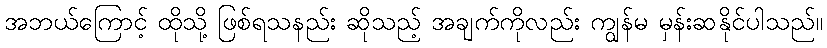
အဘယ်ကြောင့် ထိုသို့ ဖြစ်ရသနည်း ဆိုသည့် အချက်ကိုလည်း ကျွန်မ မှန်းဆနိုင်ပါသည်။